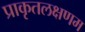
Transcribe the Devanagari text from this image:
प्राकृतलक्षणम